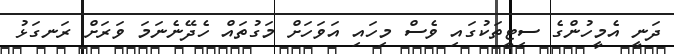
ދަނީ އެމީހުންގެ ސިޓީތަކުގައި ވެސް މިހައި އަވަހަށް މަގުތައް ހެދޭނެނަމަ ވަރަށް ރަނގަޅު